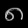
Digit: ၈